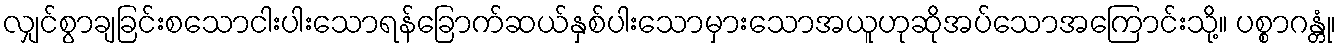
လျှင်စွာချခြင်းစသောငါးပါးသောရန်ခြောက်ဆယ်နှစ်ပါးသောမှားသောအယူဟုဆိုအပ်သောအကြောင်းသို့။ ပစ္စာဂန္တုံ၊